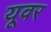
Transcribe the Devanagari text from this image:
यूवर